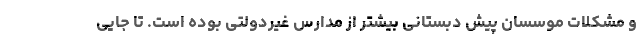
و مشکلات موسسان پیش دبستانی بیشتر از مدارس غیردولتی بوده است. تا جایی